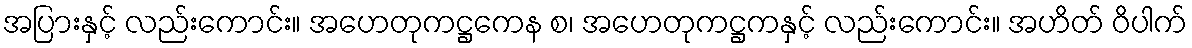
အပြားနှင့် လည်းကောင်း။ အဟေတုကဋ္ဌကေန စ၊ အဟေတုကဋ္ဌကနှင့် လည်းကောင်း။ အဟိတ် ဝိပါက်